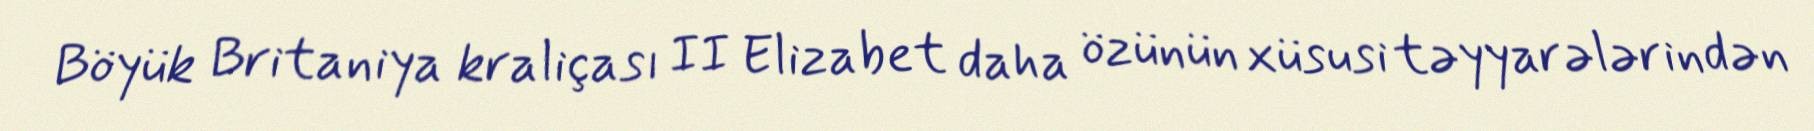
Böyük Britaniya kraliçası II Elizabet daha özünün xüsusi təyyarələrindən